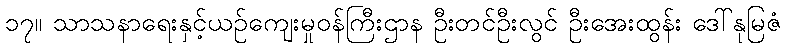
၁၇။ သာသနာရေးနှင့်ယဉ်ကျေးမှုဝန်ကြီးဌာန ဦးတင်ဦးလွင် ဦးအေးထွန်း ဒေါ်နုမြဇံ